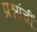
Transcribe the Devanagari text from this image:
प्रश्नांचीं